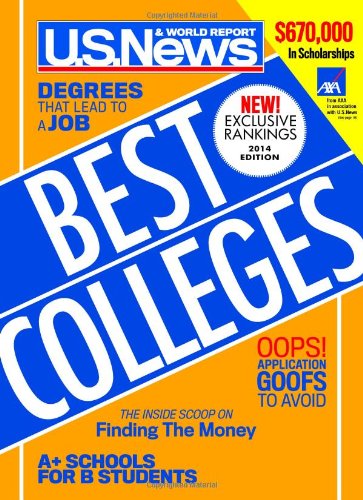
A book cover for Best Colleges 2014; U.S. News and World Report; Education & Teaching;